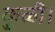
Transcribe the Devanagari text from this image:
कुळी।